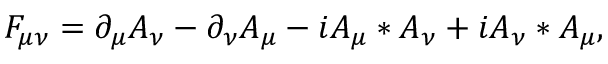
F _ { \mu \nu } = \partial _ { \mu } A _ { \nu } - \partial _ { \nu } A _ { \mu } - i A _ { \mu } \ast A _ { \nu } + i A _ { \nu } \ast A _ { \mu } ,